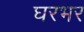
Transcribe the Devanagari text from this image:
घरभर